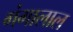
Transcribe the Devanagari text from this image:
गंगालाल